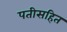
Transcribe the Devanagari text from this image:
पतीसहित